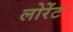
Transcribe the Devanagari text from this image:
लोरेंट